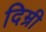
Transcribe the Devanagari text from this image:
दिम्री